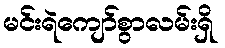
မင်းရဲကျော်စွာလမ်းရှိ